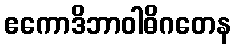
ဧကောဒိဘာဝါဓိဂတေန